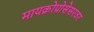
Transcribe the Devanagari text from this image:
मायक्रोप्रोसेसरवर